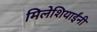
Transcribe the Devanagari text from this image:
मिलेशियाईंनी